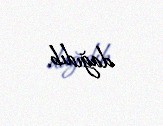
dağıdıb.